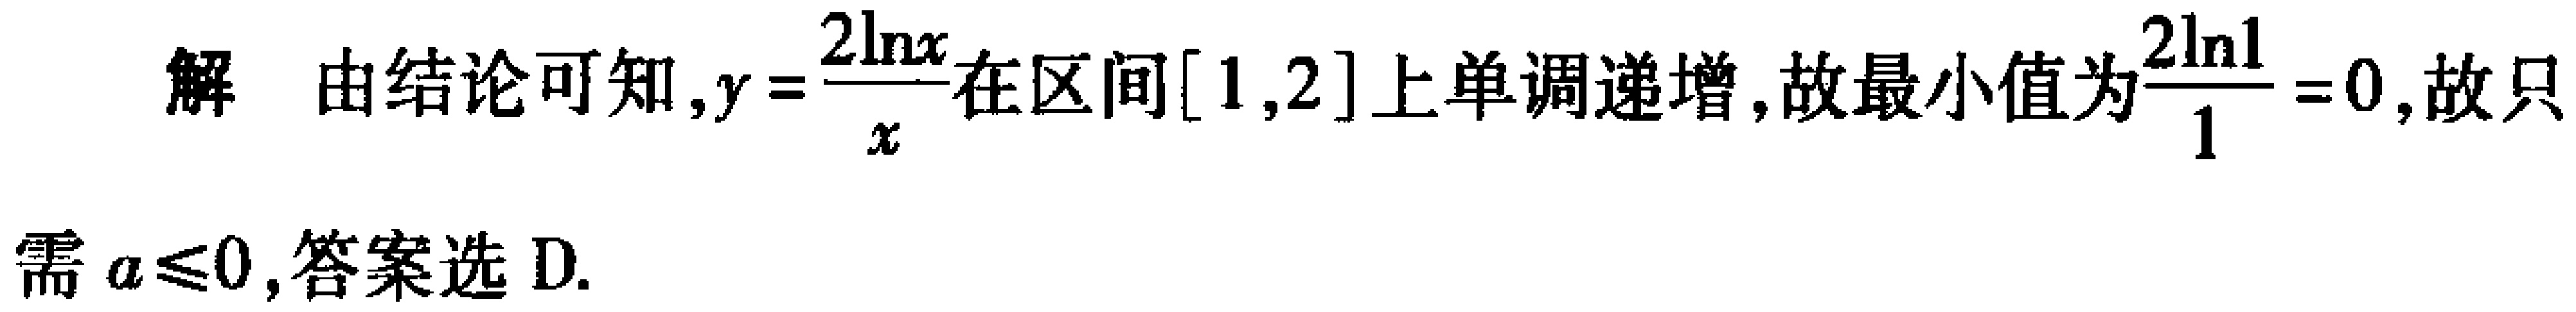
解 由结论可知,$y = \frac{2\ln x}{x}$在区间$[1,2]$上单调递增,故最小值为$\frac{2\ln 1}{1}=0$,故只需$a\leqslant0$,答案选D.